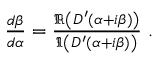
\begin{array} { r } { \frac { d \beta } { d \alpha } = \frac { \Re \left( D ^ { \prime } ( \alpha + i \beta ) \right) } { \Im \left( D ^ { \prime } ( \alpha + i \beta ) \right) } \; . } \end{array}